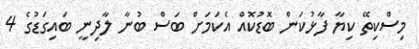
މިސްކިތޭ ކިޔާ ފާޅުކަން ބޮޑުކޮއް އެކަމަށް ބަސް ބުނާ ލާދިނީ ބައިގަޑުގެ 4